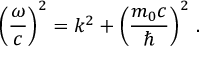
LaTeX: \left( { \frac { \omega } { c } } \right) ^ { 2 } = k ^ { 2 } + \left( { \frac { m _ { 0 } c } { \hbar } } \right) ^ { 2 } \, .